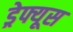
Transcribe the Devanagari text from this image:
ड्रेफ्यूस